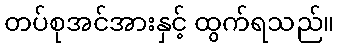
တပ်စုအင်အားနှင့် ထွက်ရသည်။